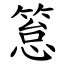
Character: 䈚